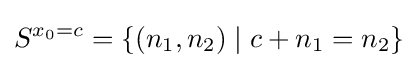
S^{x_{0}=c}=\{(n_{1},n_{2})\mid c+n_{1}=n_{2}\}